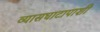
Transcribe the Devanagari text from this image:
व्यासघाटापाशी